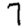
Digit: 7